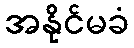
အနိုင်မခံ